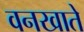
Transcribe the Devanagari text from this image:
वनखाते